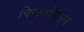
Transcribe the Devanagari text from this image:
विसकॉनसन